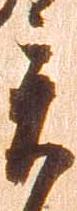
異